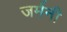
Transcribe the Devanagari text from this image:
जर्मनी